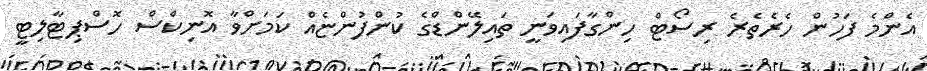
އެންމެ ފަހުން ހެރެތެރެ ރިސޯޓް ހިންގާފައިވަނީ ތައިލޭންޑްގެ ކުންފުންޏެއް ކަމަށްވާ އޮނިކްސް ހޮސްޕިޓާލިޓީ